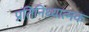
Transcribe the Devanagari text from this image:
प्रतिनिध्यात्मक